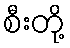
စီးတို့